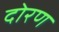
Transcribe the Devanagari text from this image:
दोरण